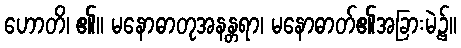
ဟောတိ၊ ၏။ မနောဓာတုအနန္တရာ၊ မနောဓာတ်၏အခြားမဲ့၌။